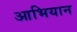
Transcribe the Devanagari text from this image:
आभियान